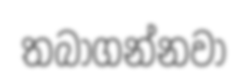
තබාගන්නවා